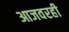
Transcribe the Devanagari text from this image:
आजवरही